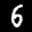
Label: 6